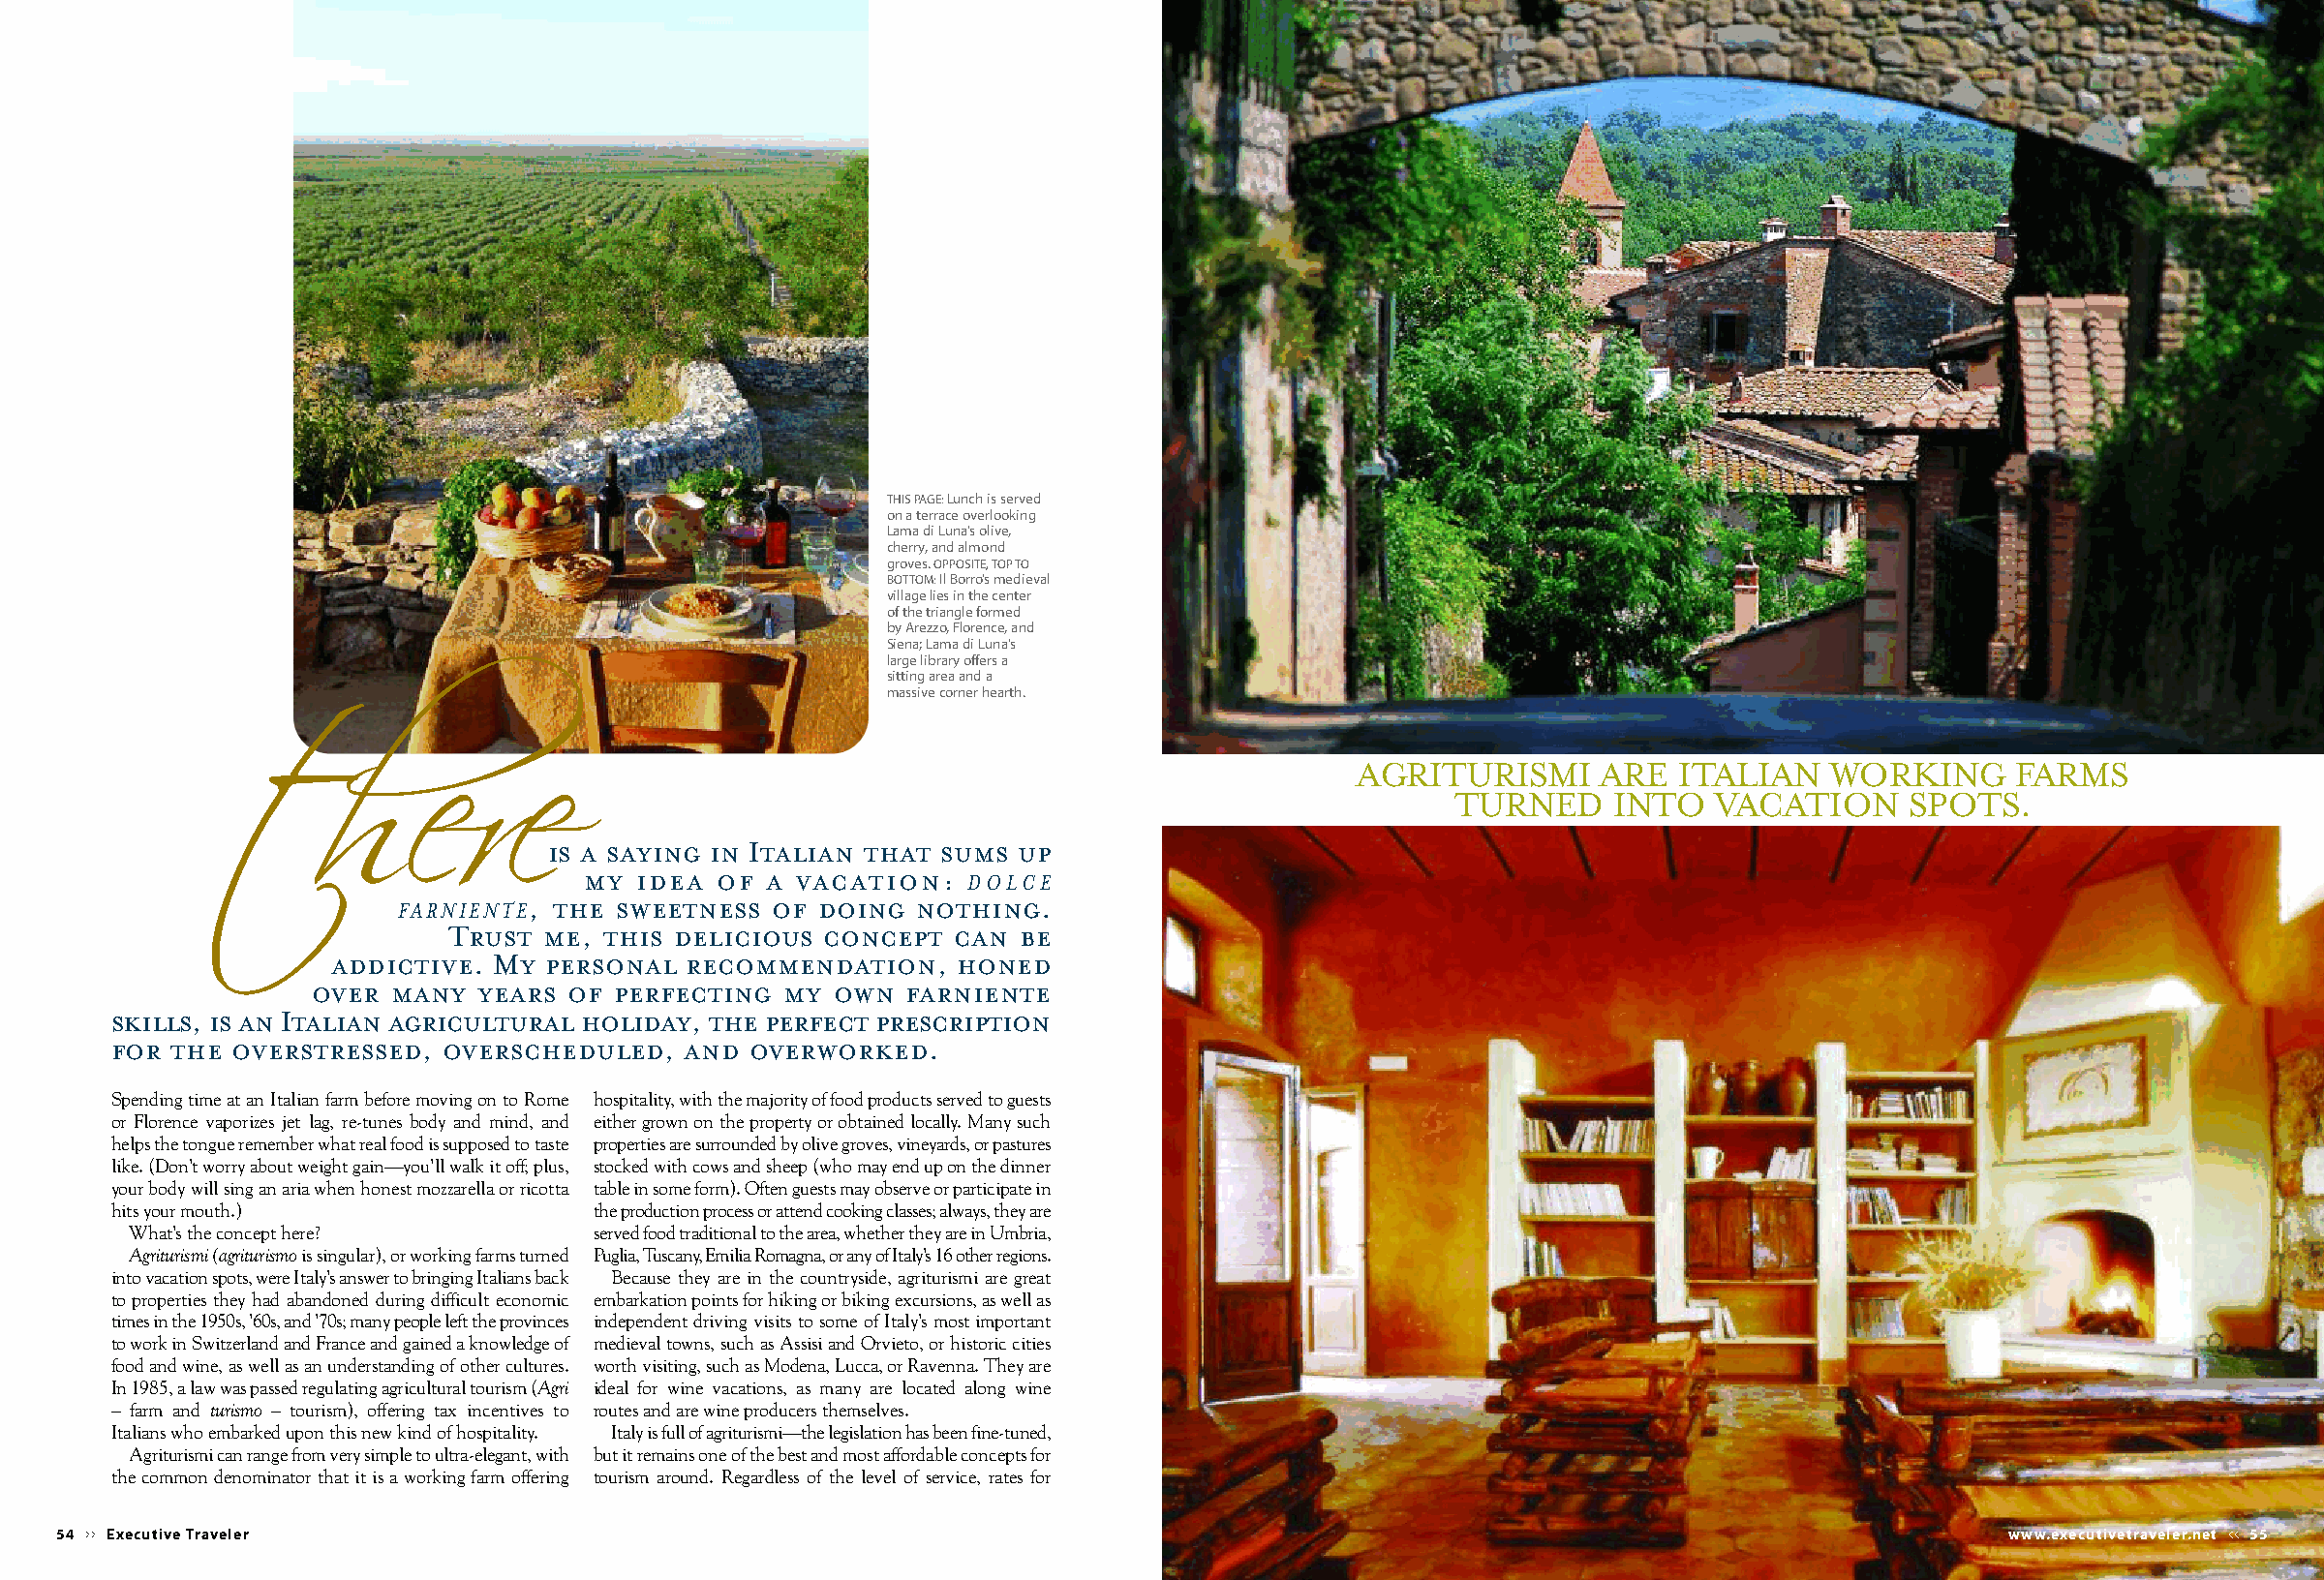
THIS PAGE: Lunch is served
 on a terrace overlooking
 Lama di Luna’s olive,
 cherry, and almond
 groves. OPPOSITE, TOP TO
 BOTTOM:Il Borro’s medieval
 village lies in the center
 of the triangle formed
 by Arezzo, Florence, and
 Siena; Lama di Luna’s
 large library offers a
 sitting area and a
 massive corner hearth.
 AGRITURISMI     ARE   ITALIAN   WORKING      FARMS
 TURNED     INTO   VACATION      SPOTS.
 is a saying in Italian that sums up
 my  idea of a vacation:
 DOLCE
 , the sweetness  of doing  nothing.
 FARNIENTE
 Trust me, this delicious concept  can  be
 addictive. My personal  recommendation,   honed
 over  many  years of perfecting  my own  farniente
 skills, is an Italian agricultural holiday, the perfect prescription
 for the overstressed, overscheduled,   and overworked.
 Spending time at an Italian farm before moving on to Rome hospitality, with the majority of food products served to guests
 or Florence vaporizes jet lag, re-tunes body and mind, and either grown on the property or obtained locally. Many such
 helps the tongue remember what real food is supposed to taste properties are surrounded by olive groves, vineyards, or pastures
 like. (Don’t worry about weight gain—you’ll walk it off; plus, stocked with cows and sheep (who may end up on the dinner
 your body will sing an aria when honest mozzarella or ricotta table in some form). Often guests may observe or participate in
 hits your mouth.)                the production process or attend cooking classes; always, they are
 What’s the concept here?        served food traditional to the area, whether they are in Umbria,
 Agriturismi (agriturismo is singular), or working farms turned Puglia, Tuscany, Emilia Romagna, or any of Italy’s 16 other regions.
 into vacation spots, were Italy’s answer to bringing Italians back Because they are in the countryside, agriturismi are great
 to properties they had abandoned during difficult economic embarkation points for hiking or biking excursions, as well as
 times in the 1950s, ’60s, and ’70s; many people left the provinces independent driving visits to some of Italy’s most important
 to work in Switzerland and France and gained a knowledge of medieval towns, such as Assisi and Orvieto, or historic cities
 food and wine, as well as an understanding of other cultures. worth visiting, such as Modena, Lucca, or Ravenna. They are
 In 1985, a law was passed regulating agricultural tourism (Agri ideal for wine vacations, as many are located along wine
 – farm and turismo – tourism), offering tax incentives to routes and are wine producers themselves.
 Italians who embarked upon this new kind of hospitality. Italy is full of agriturismi—the legislation has been fine-tuned,
 Agriturismican range from very simple to ultra-elegant, with but it remains one of the best and most affordable concepts for
 the common denominator thatit is a working farm offering tourism around. Regardless of the level of service, rates for
 54 Executive Traveler                                                                                                                www.executivetraveler.net 55